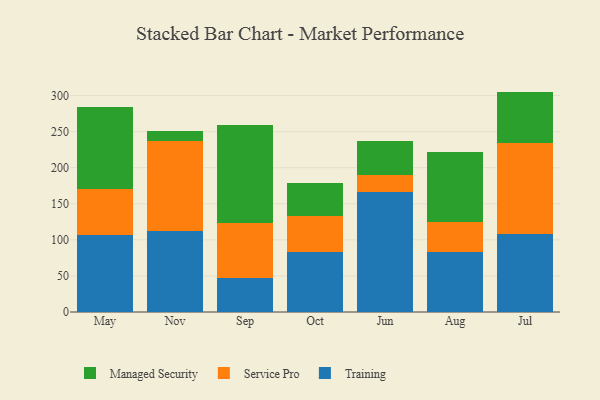
{"axis": {"x": "Month", "y": "Population (Million)"}, "legend": ["Managed Security", "Service Pro", "Training"], "data": [{"x": "May", "y": 107.1, "type": "Training"}, {"x": "May", "y": 63.8, "type": "Service Pro"}, {"x": "May", "y": 113.9, "type": "Managed Security"}, {"x": "Nov", "y": 111.6, "type": "Training"}, {"x": "Nov", "y": 124.9, "type": "Service Pro"}, {"x": "Nov", "y": 14.6, "type": "Managed Security"}, {"x": "Sep", "y": 47.3, "type": "Training"}, {"x": "Sep", "y": 75.9, "type": "Service Pro"}, {"x": "Sep", "y": 135.7, "type": "Managed Security"}, {"x": "Oct", "y": 82.7, "type": "Training"}, {"x": "Oct", "y": 49.8, "type": "Service Pro"}, {"x": "Oct", "y": 46.4, "type": "Managed Security"}, {"x": "Jun", "y": 166.8, "type": "Training"}, {"x": "Jun", "y": 23.3, "type": "Service Pro"}, {"x": "Jun", "y": 46.5, "type": "Managed Security"}, {"x": "Aug", "y": 83.4, "type": "Training"}, {"x": "Aug", "y": 41.5, "type": "Service Pro"}, {"x": "Aug", "y": 97.5, "type": "Managed Security"}, {"x": "Jul", "y": 108.3, "type": "Training"}, {"x": "Jul", "y": 125.7, "type": "Service Pro"}, {"x": "Jul", "y": 71.5, "type": "Managed Security"}]}